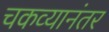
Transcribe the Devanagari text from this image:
चकव्यानंतर